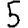
Digit: 5